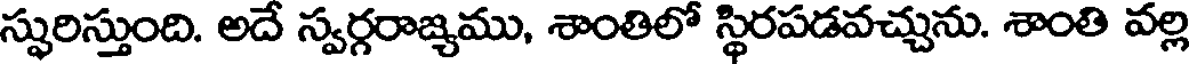
స్ఫురిస్తుంది. అదే స్వర్గరాజ్యము, శాంతిలో స్థిరపడవచ్చును. శాంతి వల్లి